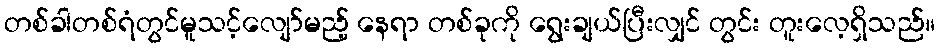
တစ်ခါတစ်ရံတွင်မူသင့်လျော်မည့် နေရာ တစ်ခုကို ရွေးချယ်ပြီးလျှင် တွင်း တူးလေ့ရှိသည်။